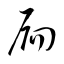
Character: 扄